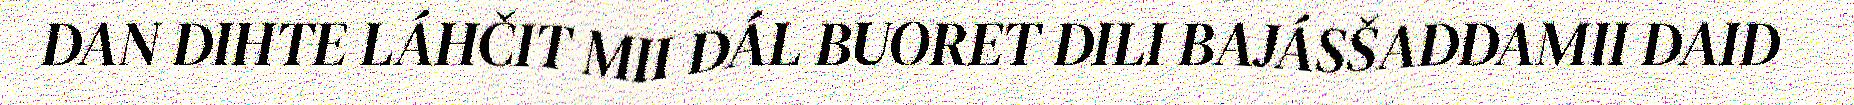
DAN DIHTE LÁHČIT MII DÁL BUORET DILI BAJÁSŠADDAMII DAID